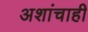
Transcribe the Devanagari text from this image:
अशांचाही